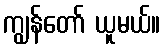
ကျွန်တော် ယူမယ်။